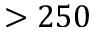
> 2 5 0